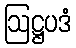
ဩဋ္ဌပဒံ